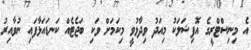
އެ މިނިސްޓްރީގެ އޮފިޝަލަކު މިއަދު ވިދާޅުވީ މިކަމަށް ވަކި ބަޖެޓެއް ކަނޑައަޅާފައި ނުވާއިރު